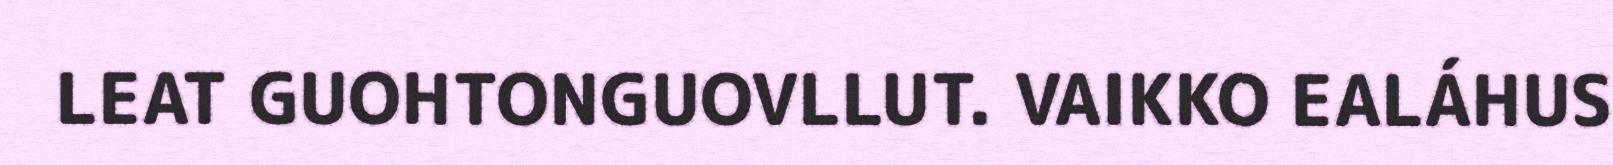
LEAT GUOHTONGUOVLLUT. VAIKKO EALÁHUS